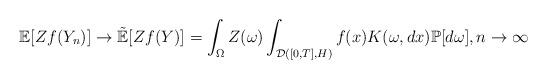
LaTeX: \begin{align*} \mathbb E[Zf(Y_n)]\to \tilde{\mathbb E}[Zf(Y)]= \int_{\Omega} Z(\omega) \int_{\mathcal D([0,T],H)} f(x) K(\omega,dx)\mathbb P[d\omega], n\to \infty\end{align*}